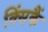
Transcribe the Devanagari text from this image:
क्सिंकैं